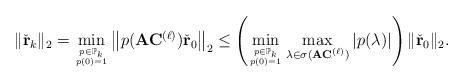
LaTeX: \begin{align*}\| \check{\mathbf{r}}_k \|_2 & = \min_{\genfrac{}{}{0pt}{2}{p \in \mathbb{P}_k}{p(0) = 1}} \left\| p(\mathbf{A} \mathbf{C}^{(\ell)}) \check{\mathbf{r}}_0 \right\|_2 \leq \left( \min_{\genfrac{}{}{0pt}{2}{p \in \mathbb{P}_k}{p(0) = 1}} \max_{\lambda \in \sigma(\mathbf{A} \mathbf{C}^{(\ell)})} | p(\lambda) | \right) \| \check{\mathbf{r}}_0 \|_2.\end{align*}